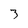
Character: 3